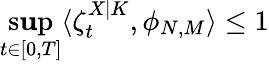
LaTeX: \operatorname*{s\mathbf{u}p}_{t\in[0,T]}\langle\zeta_{t}^{X|K},\phi_{N,M}\rangle\leq1